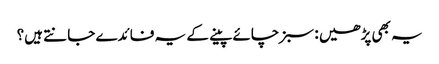
یہ بھی پڑھیں : سبز چائے پینے کے یہ فائدے جانتے ہیں؟